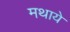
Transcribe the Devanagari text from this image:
मथाये